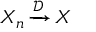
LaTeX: \displaystyle X _ { n } \, { \xrightarrow { \mathcal { D } } } \, X